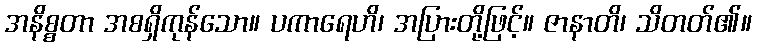
အနိစ္စတာ အစရှိကုန်သော။ ပကာရေဟိ၊ အပြားတို့ဖြင့်။ ဇာနာတိ၊ သိတတ်၏။